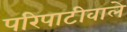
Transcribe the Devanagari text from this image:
परिपाटीवाले